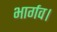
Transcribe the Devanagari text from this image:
भार्गव।